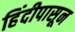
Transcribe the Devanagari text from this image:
हिंदीपासून